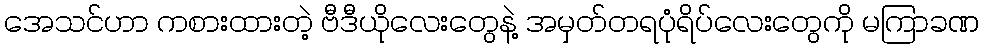
အေသင်ဟာ ကစားထားတဲ့ ဗီဒီယိုလေးတွေနဲ့ အမှတ်တရပုံရိပ်လေးတွေကို မကြာခဏ